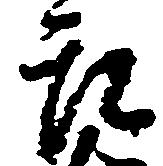
郎